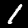
Digit: 1